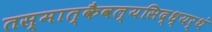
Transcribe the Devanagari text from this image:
तस्मात्कैवल्यसिद्ध्यर्थं